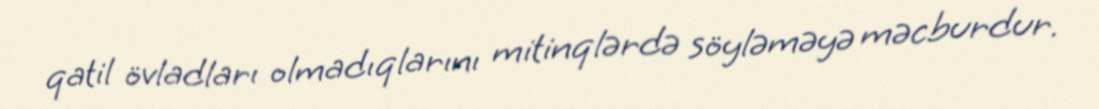
qatil övladları olmadıqlarını mitinqlərdə söyləməyə məcburdur.